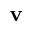
\textbf { v }